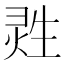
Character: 𱫟